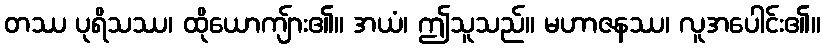
တဿ ပုရိသဿ၊ ထိုယောကျ်ား၏။ အယံ၊ ဤသူသည်။ မဟာဇနဿ၊ လူအပေါင်း၏။